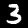
Digit: 3